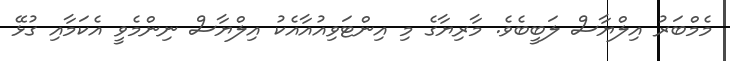
މެމްބަރު އިލްޔާސް ލަބީބެވެ. މާރިޔާގެ މި އިންޓަވިއުއާއެކު އިލްޔާސް ނިންމެވީ އެކަމާއި ގުޅޭ